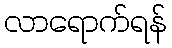
လာရောက်ရန်